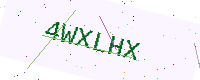
Text: 4WXLHX